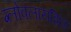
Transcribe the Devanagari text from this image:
ग्लोबलायझिंग